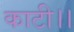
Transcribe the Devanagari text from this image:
काटी।।